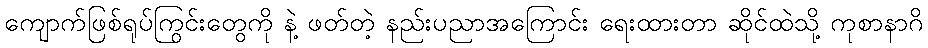
ကျောက်ဖြစ်ရုပ်ကြွင်းတွေကို နဲ့ ဖတ်တဲ့ နည်းပညာအကြောင်း ရေးထားတာ ဆိုင်ထဲသို့ ကုစာနာဂိ